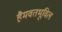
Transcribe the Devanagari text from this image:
हैमवतभूविल